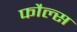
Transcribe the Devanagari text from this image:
फौल्स